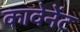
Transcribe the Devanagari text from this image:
कावेनेंट